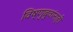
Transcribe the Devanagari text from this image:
विष्णुबुवांनाही